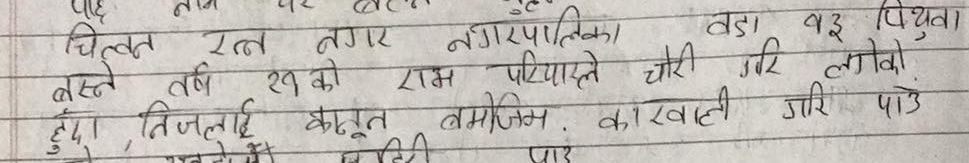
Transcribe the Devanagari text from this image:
चिन्तन रत्न नगर नगरपालिका बडा वड पियुवा
बस्ने वर्ष २९ को राम परियारले चोरी गरि लगेको
हुँदा, निजलाई कानून बमोजिम. कारबाही गरि पाउँ